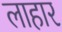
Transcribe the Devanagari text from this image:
लाहार